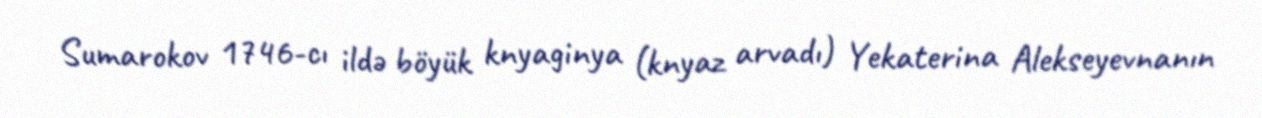
Sumarokov 1746-cı ildə böyük knyaginya (knyaz arvadı) Yekaterina Alekseyevnanın